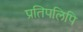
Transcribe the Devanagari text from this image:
प्रतिपलिपि